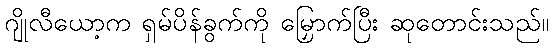
ဂျိုလီယော့က ရှမ်ပိန်ခွက်ကို မြှောက်ပြီး ဆုတောင်းသည်။